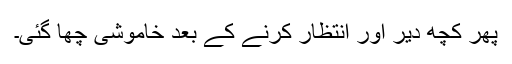
پھر کچھ دیر اور انتظار کرنے کے بعد خاموشی چھا گئی۔